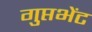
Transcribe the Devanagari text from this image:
गुप्तभेंट